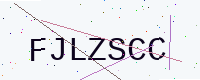
Text: FJLZSCC